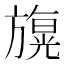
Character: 𣄙